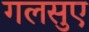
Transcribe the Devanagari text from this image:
गलसुए